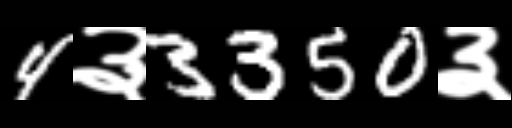
Text: 4३3350३